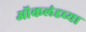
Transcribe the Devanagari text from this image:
ऑकलंडच्या